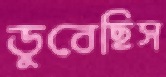
ডুবেছিস